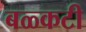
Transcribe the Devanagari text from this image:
बळ्कटी